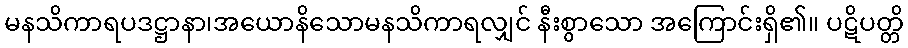
မနသိကာရပဒဋ္ဌာနာ၊အယောနိသောမနသိကာရလျှင် နီးစွာသော အကြောင်းရှိ၏။ ပဋိပတ္တိ